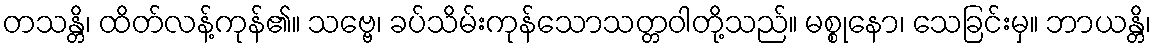
တသန္တိ၊ ထိတ်လန့်ကုန်၏။ သဗ္ဗေ၊ ခပ်သိမ်းကုန်သောသတ္တဝါတို့သည်။ မစ္စုနော၊ သေခြင်းမှ။ ဘာယန္တိ၊